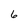
Character: 6